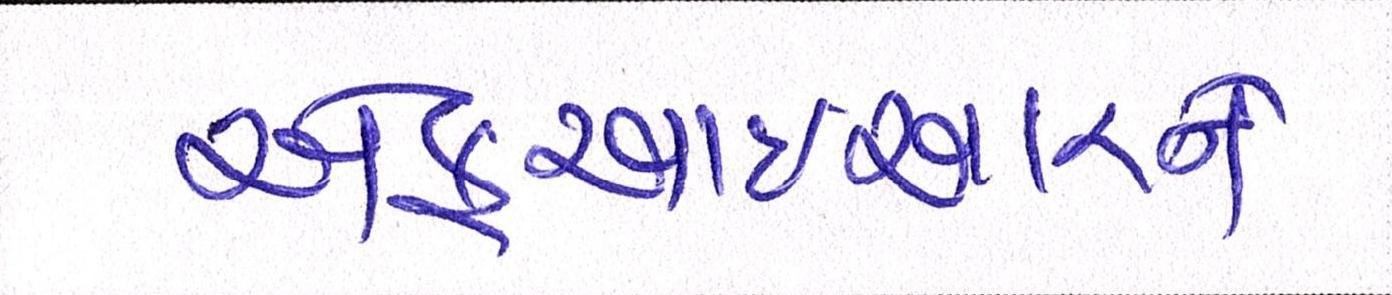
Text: એફઆઈઆરને